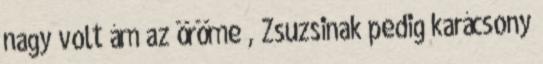
nagy volt ám az öröme , Zsuzsinak pedig karácsony